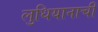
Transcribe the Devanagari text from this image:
लुधियानाची